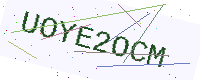
Text: UOYE2OCM